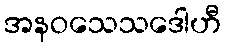
အနဝသေသဒေါဟီ